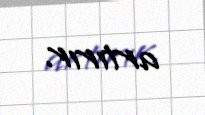
artırır.